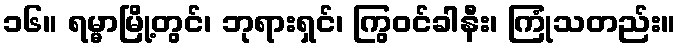
၁၆။ ရမ္မာမြို့တွင်၊ ဘုရားရှင်၊ ကြွဝင်ခါနီး၊ ကြုံသတည်း။